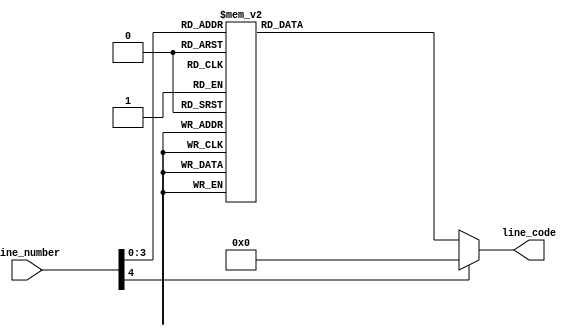
`timescale 1ns / 1ps
//////////////////////////////////////////////////////////////////////////////////
// Company: 
// Engineer: 
// 
// Design Name: 
// Module Name:    mouse_painter 
// Project Name: 
// Target Devices: 
// Tool versions: 
// Description: 
//
// Dependencies: 
//
// Revision: 
// Revision 0.01 - File Created
// Additional Comments: 
//
//////////////////////////////////////////////////////////////////////////////////
module mouse_painter(
    input [4:0] line_number,
    output  reg [7:0] line_code
    );

parameter [7:0] line00 = 8'h01;
parameter [7:0] line01 = 8'h03;
parameter [7:0] line02 = 8'h07;
parameter [7:0] line03 = 8'h0F;
parameter [7:0] line04 = 8'h1F;
parameter [7:0] line05 = 8'h3F;
parameter [7:0] line06 = 8'h7F;
parameter [7:0] line07 = 8'hFF;
parameter [7:0] line08 = 8'h07;
parameter [7:0] line09 = 8'h03;
parameter [7:0] line10 = 8'h01;

always @(*) begin
	case(line_number)
		4'b0000 : line_code = line00;
		4'b0001 : line_code = line01;
		4'b0010 : line_code = line02;
		4'b0011 : line_code = line03;
		4'b0100 : line_code = line04;
		4'b0101 : line_code = line05;
		4'b0110 : line_code = line06;
		4'b0111 : line_code = line07;
		4'b1000 : line_code = line08;
		4'b1001 : line_code = line09;
		4'b1010 : line_code = line10;
		default : line_code = 1'b0;
	endcase
end
endmodule